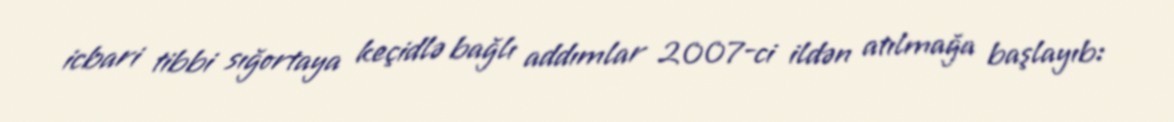
icbari tibbi sığortaya keçidlə bağlı addımlar 2007-ci ildən atılmağa başlayıb: